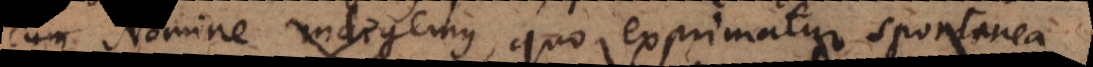
cum Nomine indigemus, quo exprimatur spo